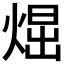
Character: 𤋪